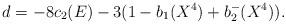
LaTeX: \begin{align*}d=-8c_2(E)-3(1-b_1(X^4)+b_2^-(X^4)).\end{align*}